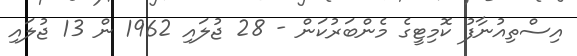
އިސްތިއުނާފު ކޮމިޓީގެ މެންބަރުކަން - 28 ޖުލައި 1962 ން 13 ޖުލައި